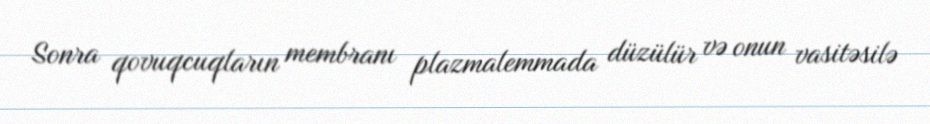
Sonra qovuqcuqların membranı plazmalemmada düzülür və onun vasitəsilə